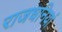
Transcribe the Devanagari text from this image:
राजधनियां